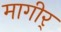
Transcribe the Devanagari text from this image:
मागीर्